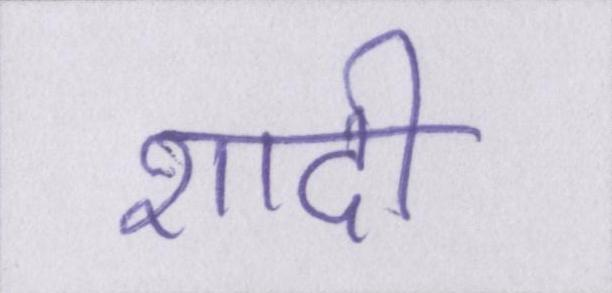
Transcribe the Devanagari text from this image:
शादी